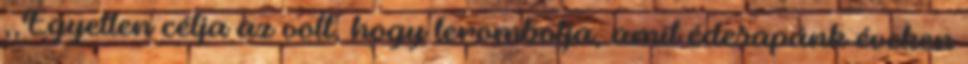
,,Egyetlen célja az volt, hogy lerombolja, amit édesapánk éveken